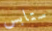
ستابس